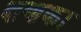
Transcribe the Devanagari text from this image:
क्षणका